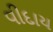
વીદાય